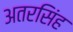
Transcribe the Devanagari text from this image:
अतरसिंह